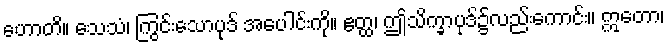
ဟောတိ။ သေသံ၊ ကြွင်းသောပုဒ် အပေါင်းကို။ ဧတ္ထ၊ ဤသိက္ခာပုဒ်၌လည်းကောင်း။ ဣတော၊